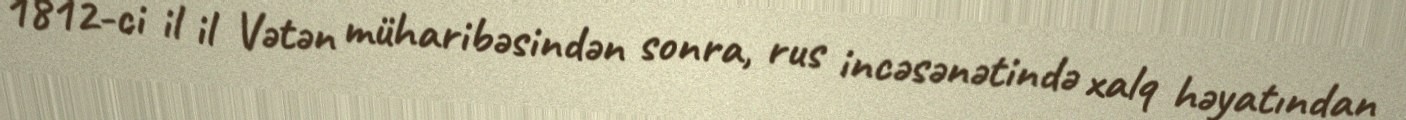
1812-ci il il Vətən müharibəsindən sonra, rus incəsənətində xalq həyatından